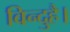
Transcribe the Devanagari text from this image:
विन्दुहै।